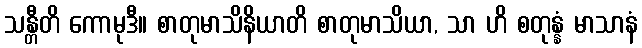
သန္တီတိ ကောမုဒီ။ စာတုမာသိနိယာတိ စာတုမာသိယာ, သာ ဟိ စတုန္နံ မာသာနံ